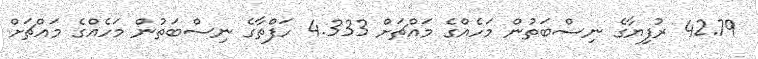
42.79 ރުފިޔާގެ ނިސްބަތުން މަހެއްގެ މައްޗަށް 4.333 ހަފްތާގެ ނިސްބަތުން މަހެއްގެ މައްޗަށް